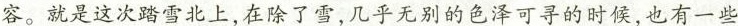
容。就是这次踏雪北上，在除了雪，几乎无别的色泽可寻的时候，也有一些